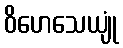
ဝိဟေသေယျုံ